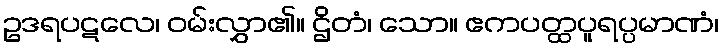
ဥဒရပဋလေ၊ ဝမ်းလွှာ၏။ ဌိတံ၊ သော။ ဧကပတ္ထပူရပ္ပမာဏံ၊